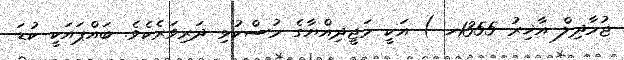
ޖުމާދިލް އާޚިރު 1355ހ ) އަކީ މަޖީދިއްޔާގެ މުސްކުޅި ދަރިވަރެކެވެ. ބައްޕައަކީ ކުޑަ